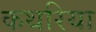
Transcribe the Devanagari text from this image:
कथरिया